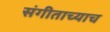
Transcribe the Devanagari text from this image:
संगीताच्याच